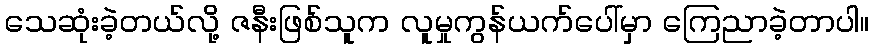
သေဆုံးခဲ့တယ်လို့ ဇနီးဖြစ်သူက လူမှုကွန်ယက်ပေါ်မှာ ကြေညာခဲ့တာပါ။